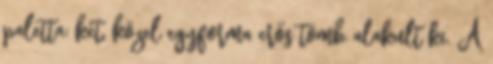
paletta: két, közel egyforma erős tömb alakult ki. A